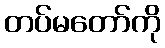
တပ်မတော်ကို